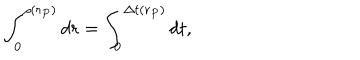
\int _ { 0 } ^ { \rho ( r _ { P } ) } d r = \int _ { 0 } ^ { \Delta t ( r _ { P } ) } d t ,